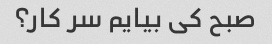
صبح کی بیایم سر کار؟